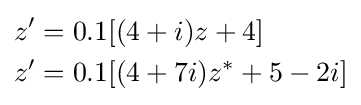
{\begin{aligned}z'&=0.1[(4+i)z+4]\\z'&=0.1[(4+7i)z^{*}+5-2i]\end{aligned}}